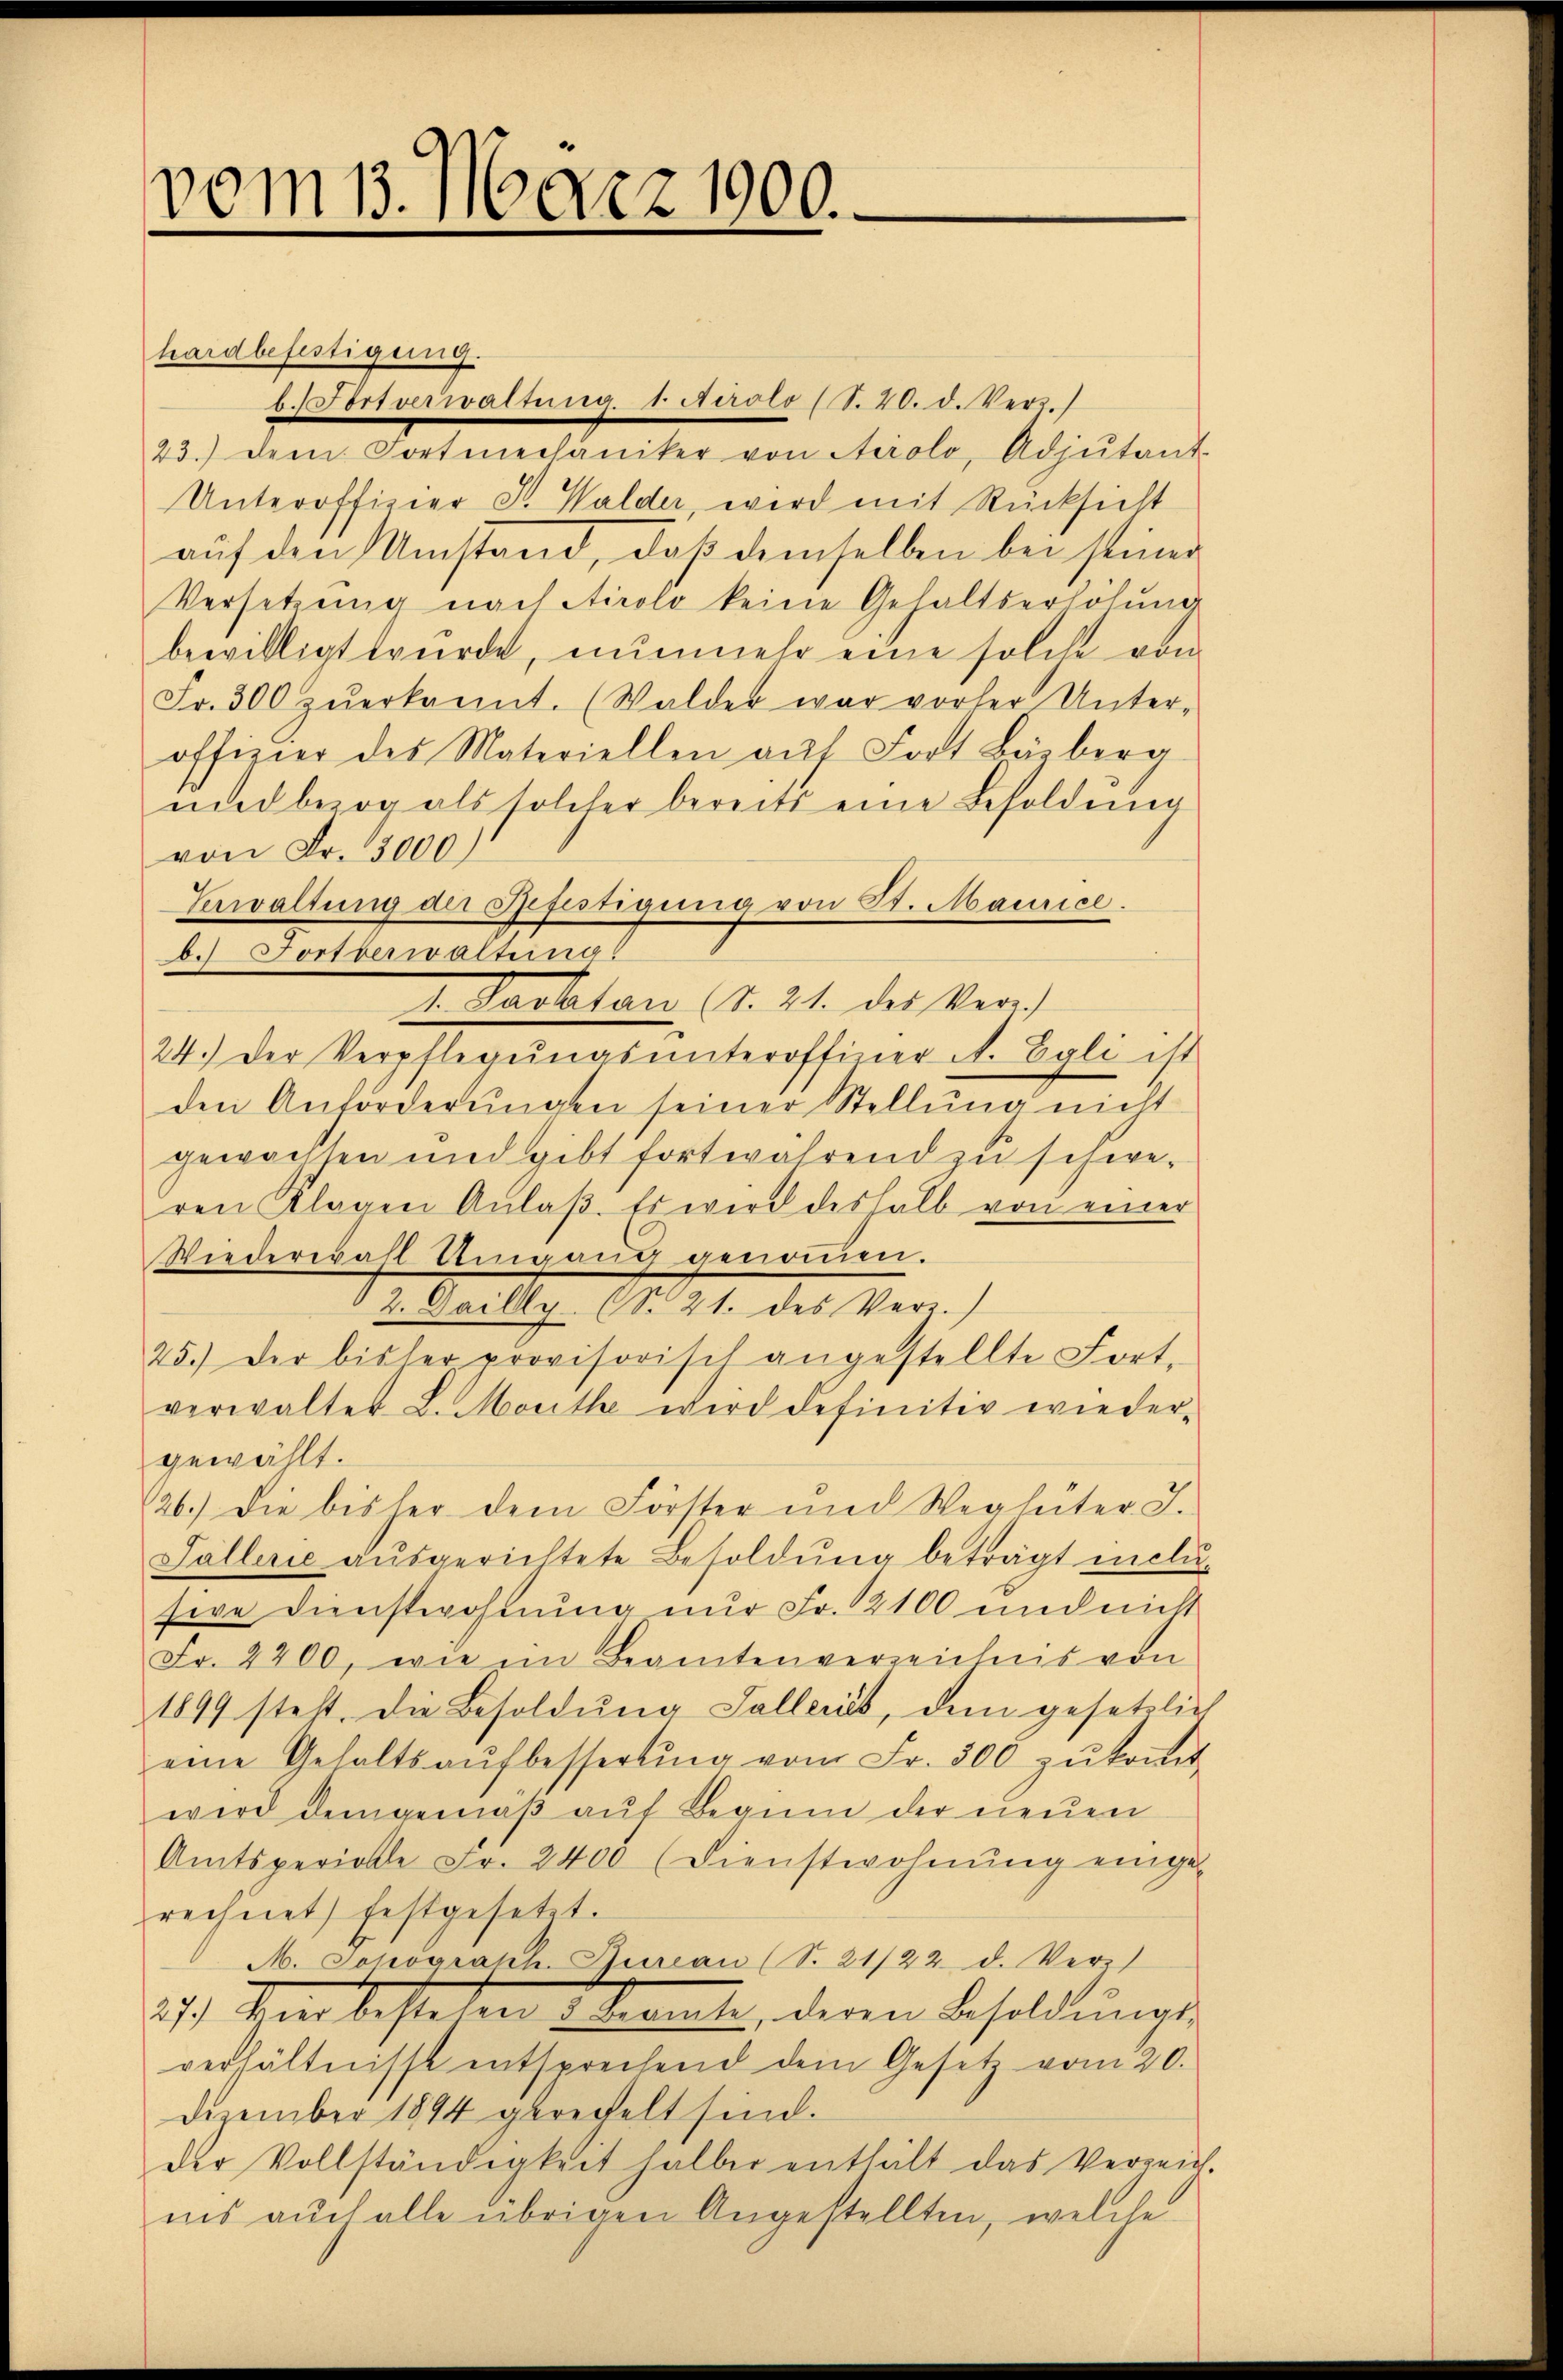
vom 1. März 1900.

hardbefestigung.
b. Fortverwaltung 1 Airolo (S. 20. d. Vers.)
23.) Dem Fortmechaniker von Airolo, Adjutant
Unteroffizier J. Walder, wird mit Rücksicht
auf den Umstand, daß demselben bei stind
Versetzung nach Airolo keine Gehaltserhöhung
bewilligt wurde, nunmehr eine solche von
Fr. 300 zŭerkannt. (Walder war vorher Unter-
offizier des Materiellen auf Fort Bärberg
ued bezog als solcher bereits eine Besoldung
von Fr. 3000)
Verwaltung der Befestigung von 8. Maurice.
b.) Fortberwaltung
I. Nackten (S. 21. des Ver
24.) Der Verpflegŭngsŭnteroffiner A. Egli ist
den Anforderŭngen seiner Stellung nicht
gewachsen und gibt fortwährend zu schwe-
ren Klagen Anlaβ. Es wird deshalb von einer
Wiederwahl Umgang genommen.
2. Dailly (Nr. 21. des Verz.)
25.) Der bisher provisorisch angestellte Fort-
verwalter L. Mauthe wird definitiv wiedergewählt.
26.) Die bisher dem Förster und Weglüter J.
Tallerie aŭsgerichtete Besoldŭng beträgt incla-
sive Dienstwohnung nur Fr. 2100 und nicht
Fr. 2200, wie im Beamtenverzeichnis von
1899 steht. Die Besoldŭng Salleris, dem gesetzlic
eine Gehaltsaŭfbesserŭng vom Fr. 500 zŭ koṁt
wird demgemäβ aŭf Beginn der neuen
Amtsperielle Fr. 2400 (Dienstwohnŭng einge-
rechnet) festgesetzt.
M. Johograkh. Bureau (S. 21/22 d. Verz
27.) Die bestehen konnte, deren Besoldŭngs-
verhältnisse entsprechend dem Gesetz vom 20.
Dezember 1894 gerechelt sind.
der Vollständigkeit halber enthält das Verzeich-
ins auch alle übrigen Angestellten, welche